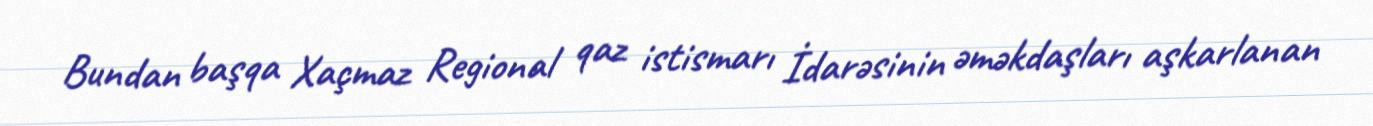
Bundan başqa Xaçmaz Regional qaz istismarı İdarəsinin əməkdaşları aşkarlanan